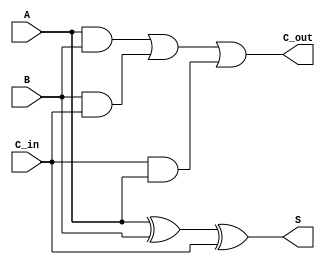
module one_bit_full_adder(C_out,S,A,B,C_in);


    input A,B,C_in;
    output C_out,S;

    assign S=(A^B)^C_in;
    assign C_out=(A&B)|(B&C_in)|(C_in&A);

endmodule